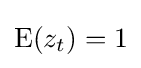
\operatorname {E} (z_{t})=1